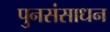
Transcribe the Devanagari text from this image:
पुनसंसाधन